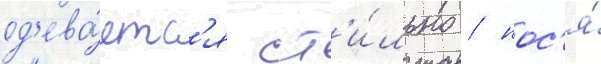
од'ева́етс'я ст'и́льно / нос'я́